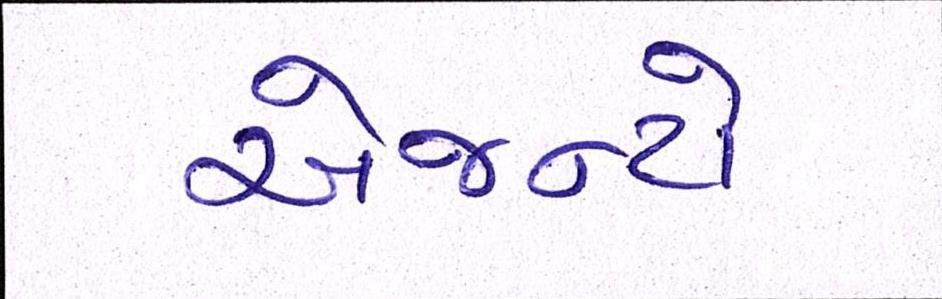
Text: એજન્ટો